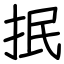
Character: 抿